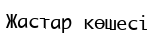
Жастар көшесі